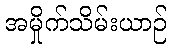
အမှိုက်သိမ်းယာဉ်